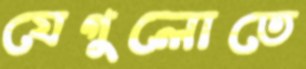
যেগুলোতে